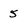
Character: 5